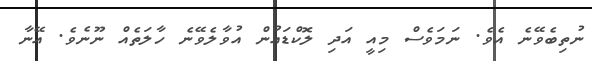
ނުތިބެވޭނެ އެވެ. ނަމަވެސް މިއީ އަދި ލޮކްޑައުން އުވާލެވޭނެ ހާލަތެއް ނޫނެވެ. އޭނާ